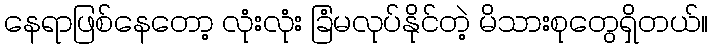
နေရာဖြစ်နေတော့ လုံးလုံး ခြံမလုပ်နိုင်တဲ့ မိသားစုတွေရှိတယ်။